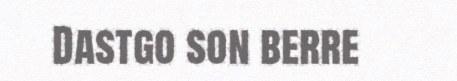
Dastgo son berre